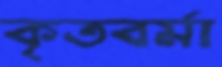
কৃতবর্মা